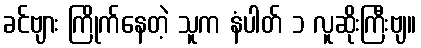
ခင်ဗျား ကြိုက်နေတဲ့ သူက နံပါတ် ၁ လူဆိုးကြီးဗျ။